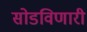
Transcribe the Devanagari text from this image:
सोडविणारी